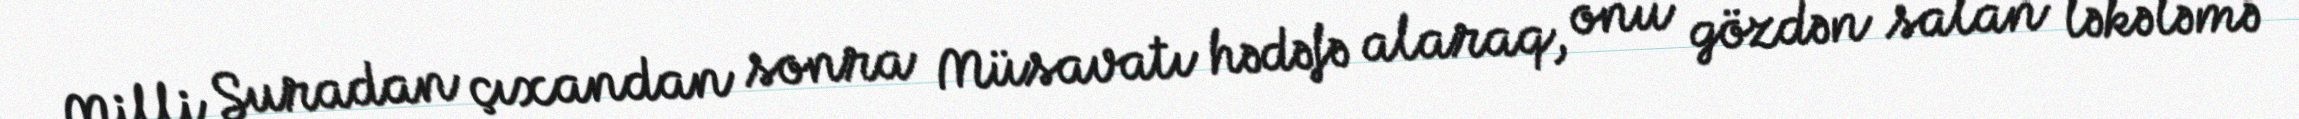
Milli Şuradan çıxandan sonra Müsavatı hədəfə alaraq, onu gözdən salan ləkələmə